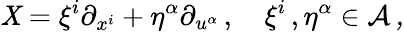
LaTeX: \mathit{X}=\xi^{i}\partial_{x^{i}}+\eta^{\alpha}\partial_{u^{\alpha}}\, ,\quad\xi^{i}\, ,\eta^{\alpha}\in\cal{A}\, ,